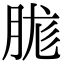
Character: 䏵